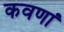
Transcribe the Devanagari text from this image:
कवणां